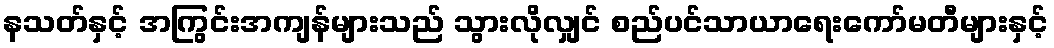
နသတ်နှင့် အကြွင်းအကျန်များသည် သွားလိုလျှင် စည်ပင်သာယာရေးကော်မတီများနှင့်